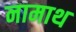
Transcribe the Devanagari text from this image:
नामाथ